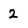
Character: 2